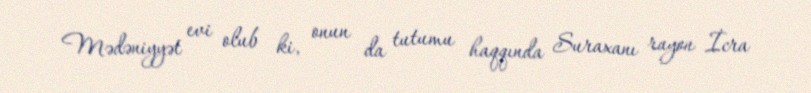
Mədəniyyət evi olub ki, onun da tutumu haqqında Suraxanı rayon İcra